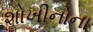
શોખીનોના